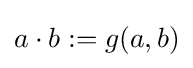
a\cdot b:=g(a,b)